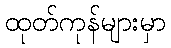
ထုတ်ကုန်များမှာ